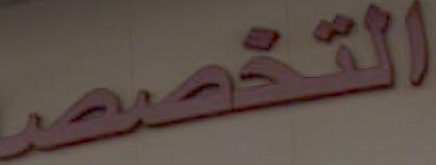
التخصص